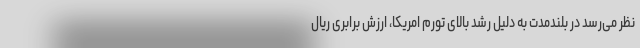
نظر می‌رسد در بلندمدت به دلیل رشد بالای تورم امریکا، ارزش برابری ریال